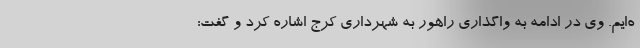
ه‌ایم. وی در ادامه به واگذاری راهور به شهرداری کرج اشاره کرد و گفت: